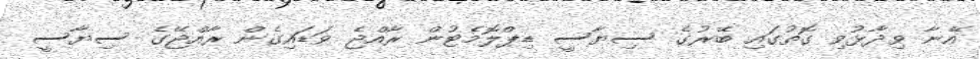
އޭނާ ވިދާޅުވި ގޮތުގައި ބޭރުގެ ސިޔާސީ ޑިޕްލޮމެޓުން ރާއްޖެ ވަޑައިގެން ރާއްޖޭގެ ސިޔާސީ